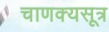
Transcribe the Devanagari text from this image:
चाणक्यसूत्र